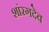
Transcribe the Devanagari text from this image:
शांरगदेव